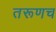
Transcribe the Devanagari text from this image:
तरूणच